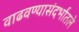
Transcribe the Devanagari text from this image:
वाढवण्यासंदर्भातले